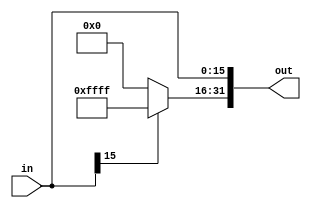
module sign_extend(in,out);
input [15:0] in;
output [31:0] out;
assign out [15:0]=in;
wire A;
assign A=in[15];
reg [15:0] temp;
always@(in,A)
begin
	if(A==0)
		temp<=16'b 0000_0000_0000_0000;
	else
		temp<=16'b 1111_1111_1111_1111;
end
assign out[31:16]=temp;
endmodule

module test_sign_extention;
reg [15:0] in;
wire [31:0] out;
sign_extend SE(in,out);
initial
begin
in=20;
$monitor("%b   %b",in,out);

#10
in=-110;

end


endmodule